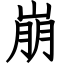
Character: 崩